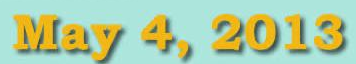
May 4, 2013